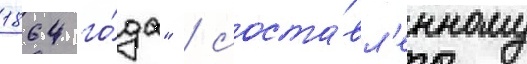
1864 го́да" / соста́вл'енному